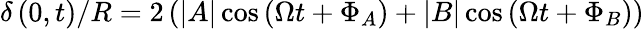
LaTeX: \delta\left(0,t\right)/R=2\left(|A|\cos{\left(\Omega t+\Phi_{A}\right)}+|B|\cos{\left(\Omega t+\Phi_{B}\right)}\right)